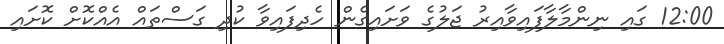
12:00 ގައި ނިންމާލާފައިވާއިރު ޖަލުގެ ވަށައިގެން ހެދިފައިވާ ކުދި ގަސްތައް އެއްކޮށް ކޮށައި